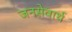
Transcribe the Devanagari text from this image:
जनसेवार्थ